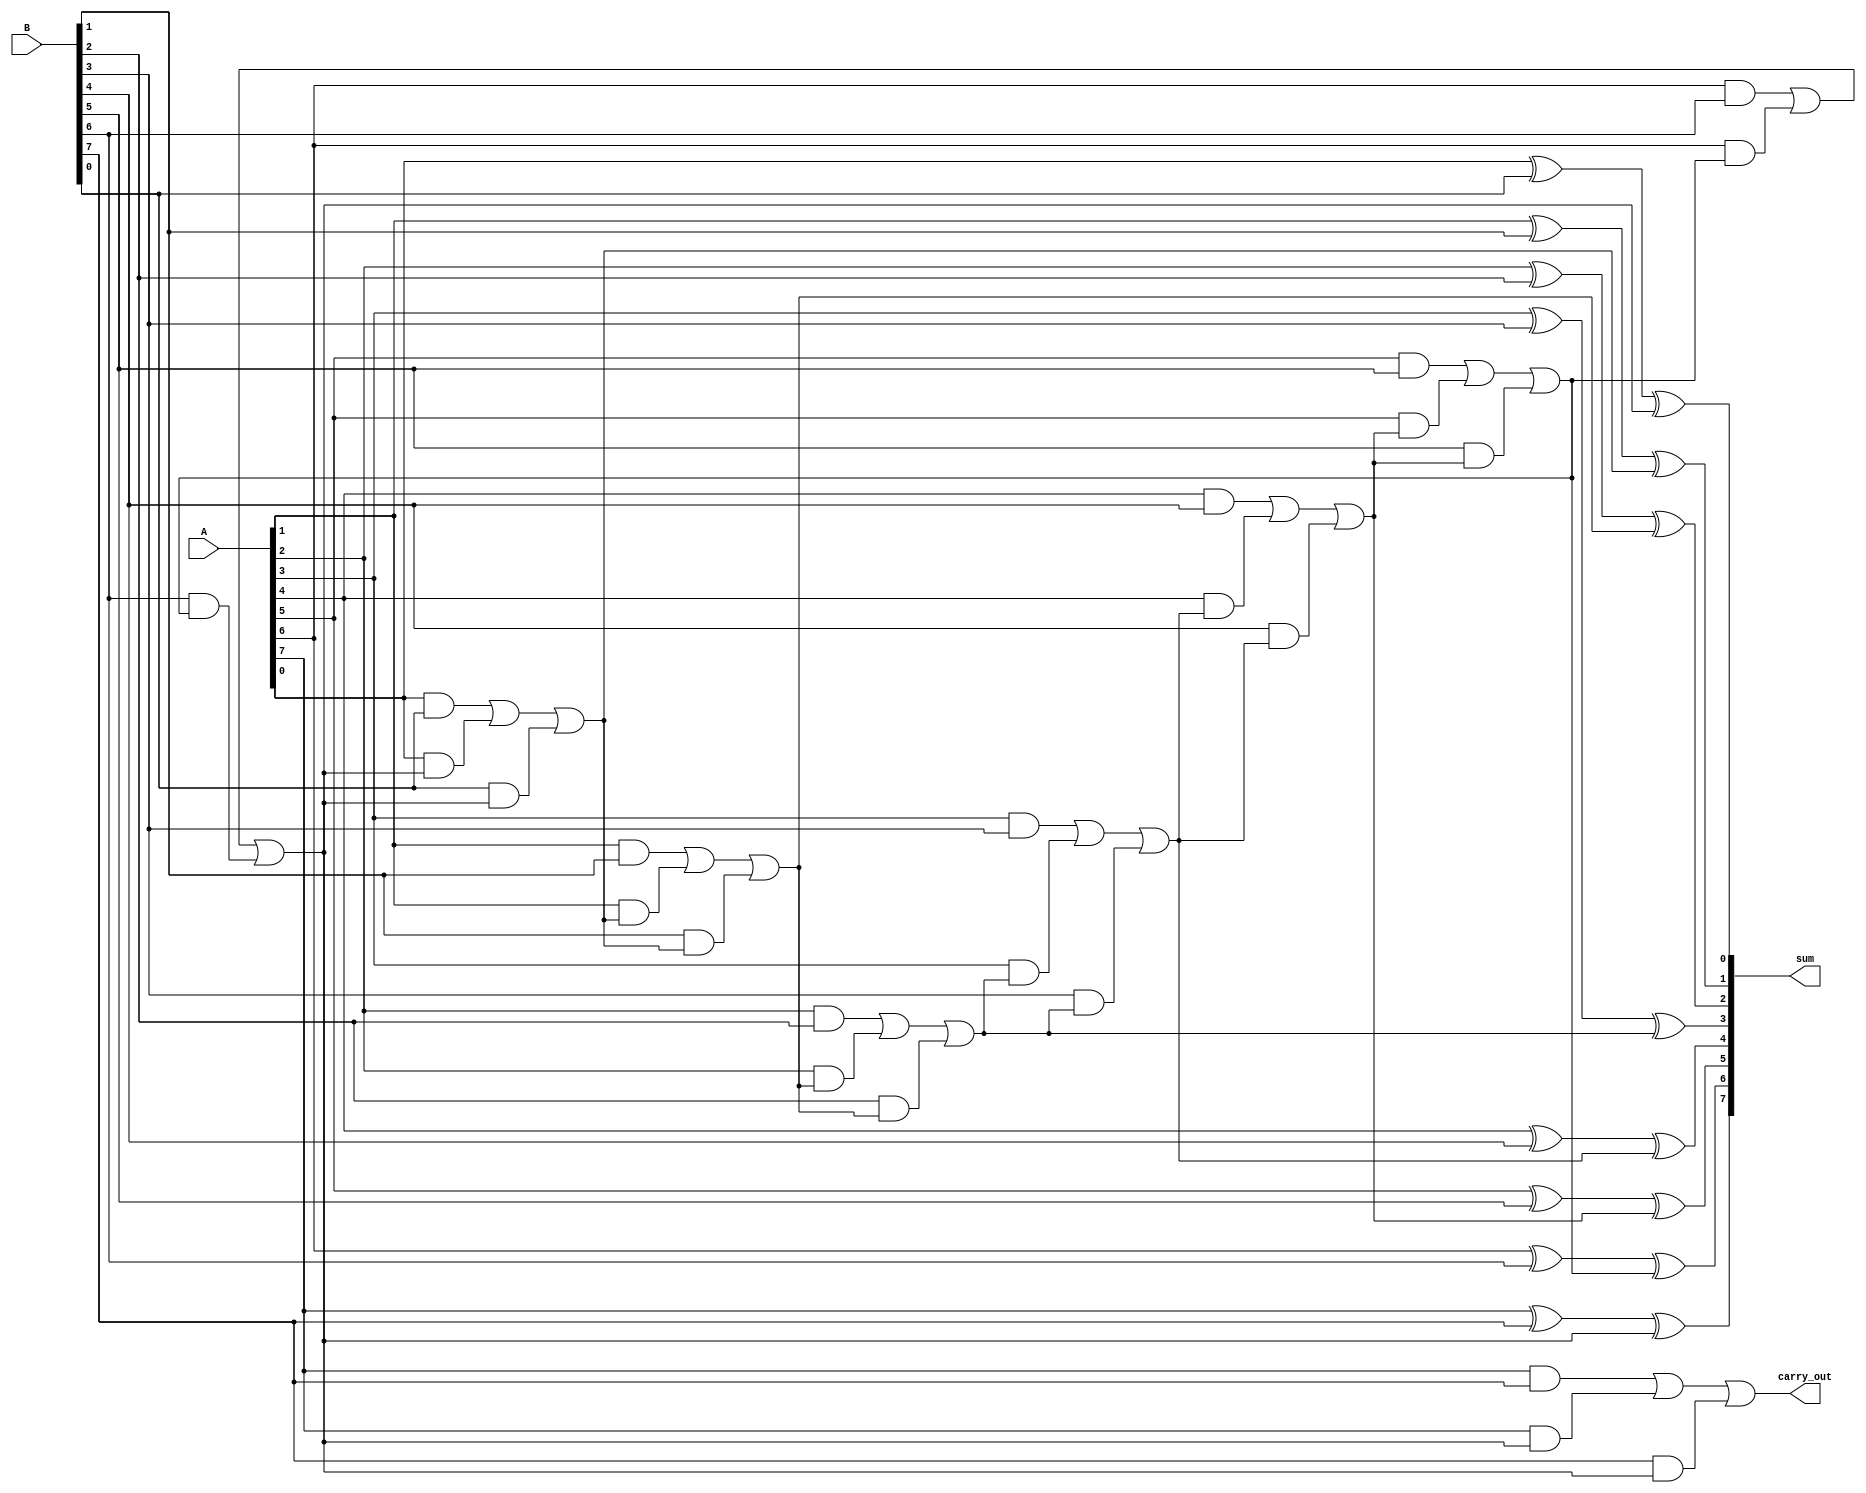
module ripple_carry_adder(input [7:0] A, B,
                            output reg [7:0] sum,
                            output reg carry_out);
    
    reg carry;
    
    always @* begin
        sum[0] = A[0] ^ B[0] ^ carry;
        carry = (A[0] & B[0]) | (A[0] & carry) | (B[0] & carry);
        
        sum[1] = A[1] ^ B[1] ^ carry;
        carry = (A[1] & B[1]) | (A[1] & carry) | (B[1] & carry);
        
        sum[2] = A[2] ^ B[2] ^ carry;
        carry = (A[2] & B[2]) | (A[2] & carry) | (B[2] & carry);
        
        sum[3] = A[3] ^ B[3] ^ carry;
        carry = (A[3] & B[3]) | (A[3] & carry) | (B[3] & carry);
        
        sum[4] = A[4] ^ B[4] ^ carry;
        carry = (A[4] & B[4]) | (A[4] & carry) | (B[4] & carry);
        
        sum[5] = A[5] ^ B[5] ^ carry;
        carry = (A[5] & B[5]) | (A[5] & carry) | (B[5] & carry);
        
        sum[6] = A[6] ^ B[6] ^ carry;
        carry = (A[6] & B[6]) | (A[6] & carry) | (B[6] & carry);
        
        sum[7] = A[7] ^ B[7] ^ carry;
        carry_out = (A[7] & B[7]) | (A[7] & carry) | (B[7] & carry);
    end
    
endmodule